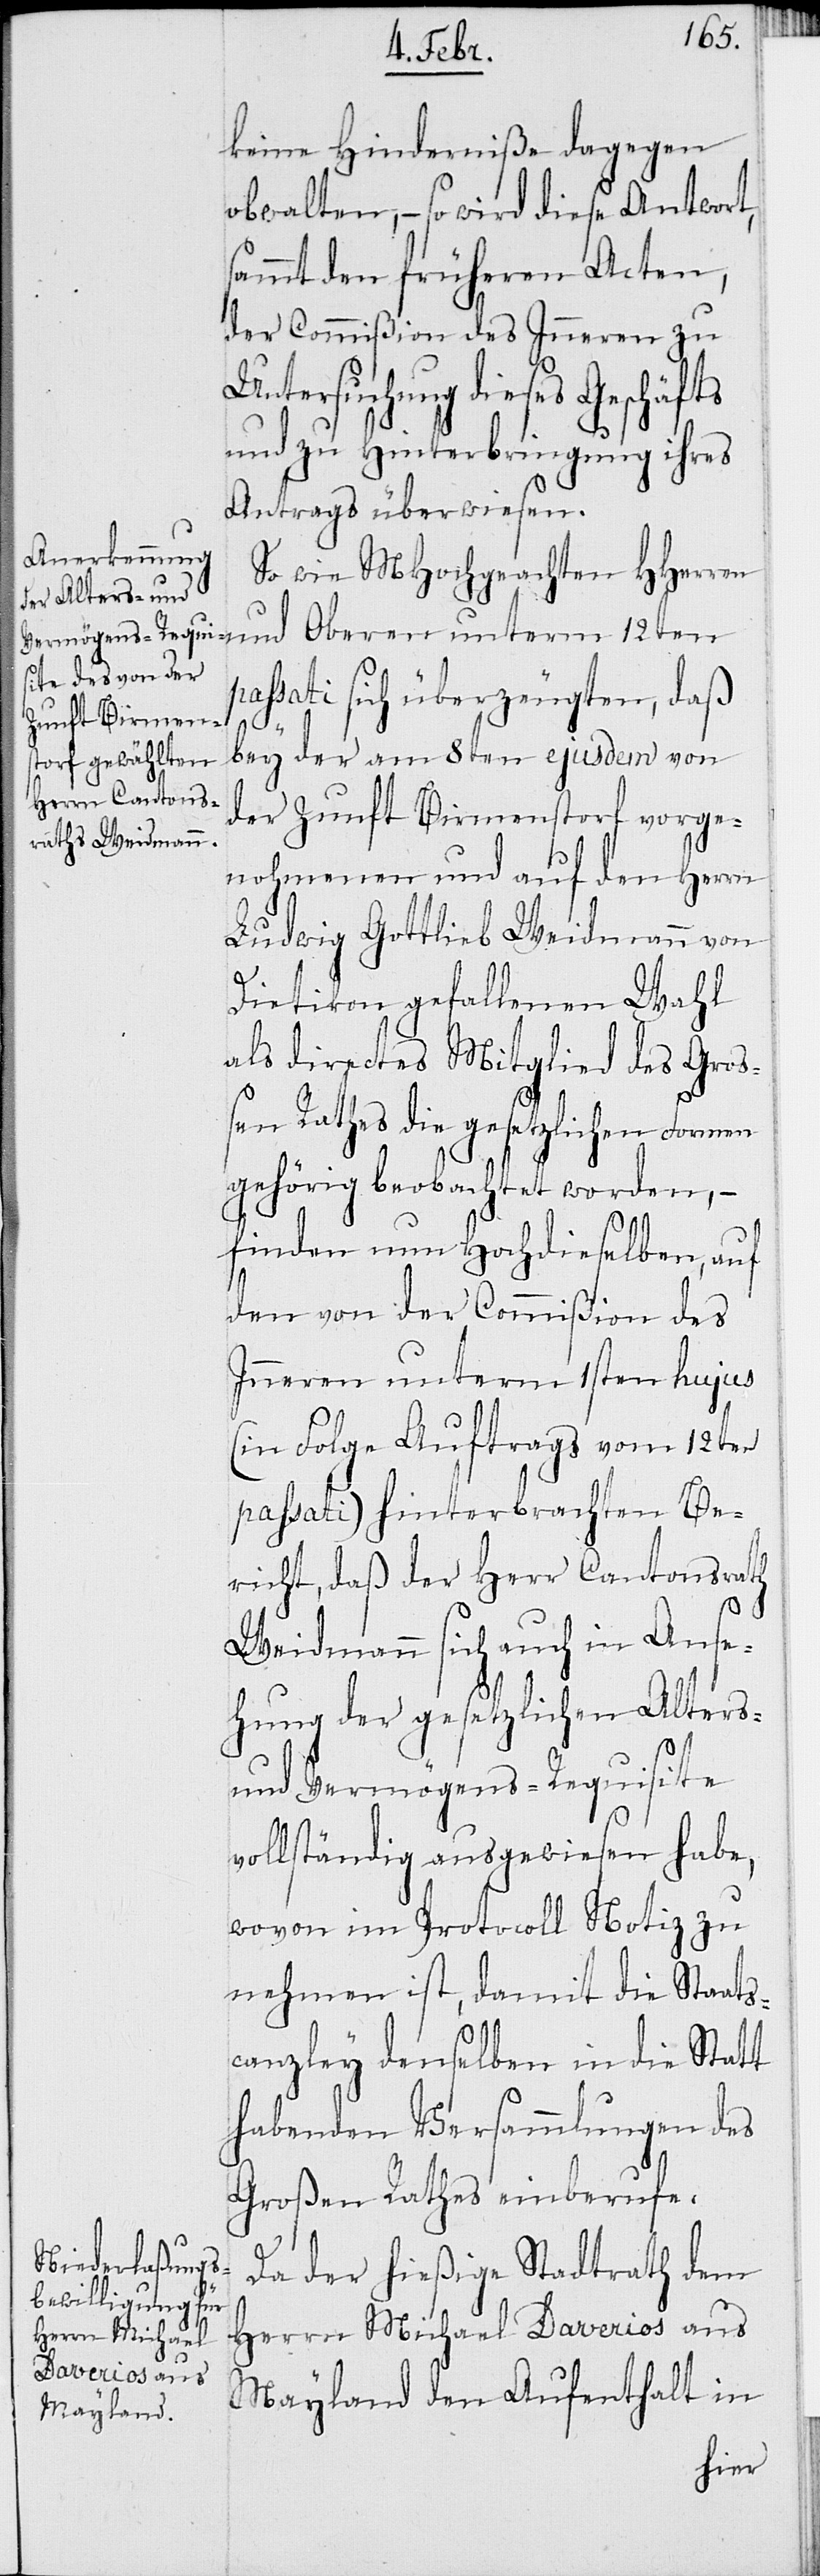
keine Hinderniße dagegen
obwalten, – so wird diese Antwort,
sammt den früheren Acten,
der Commißion des Inneren zu
Untersuchung dieses Geschäfts
und zu Hinterbringung ihres
Antrags überwiesen.
So wie MHochgeachten HHerren
und Oberen unterm 12ten
passati sich überzeugten, daß
bei der am 8ten ejusdem von
der Zunft Birmenstorf vorge¬
nohmenen und auf den Herrn
Ludwig Gottlieb Weidmann von
Dietikon gefallenen Wahl
als directes Mitglied des Groß¬
es Rathes die gesetzlichen Formen
gehörig beobachtet worden, –
finden nun Hochdieselben, auf
den von der Commißion des
Inneren unterm 1sten hujus
(in Folge Auftrags vom 12ten
passati) hinterbrachten Be¬
richt, daß der Herr Cantonsrath
Weidmann sich auch in Anse¬
hung der gesetzlichen Alters-
und Vermögens-Requisite
vollständig ausgewiesen habe,
wovon im Protocoll Notiz zu
nehmen ist, damit die Staats¬
canzley denselben in die Statt
habenden Versammlungen des
Großen Rathes einberufe.
Da der hießige Stadtrath dem
Herrn Michael Daverios aus
Mayland den Aufenthalt in